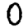
Digit: 0